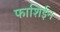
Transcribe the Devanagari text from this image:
फाशिईन